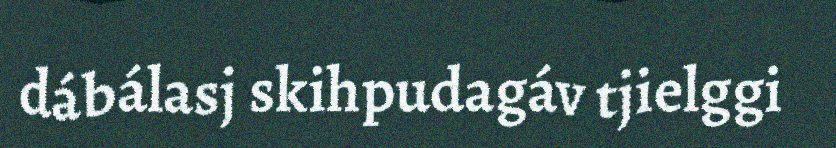
dábálasj skihpudagáv tjielggi